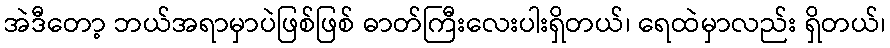
အဲဒီတော့ ဘယ်အရာမှာပဲဖြစ်ဖြစ် ဓာတ်ကြီးလေးပါးရှိတယ်၊ ရေထဲမှာလည်း ရှိတယ်၊